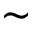
\sim